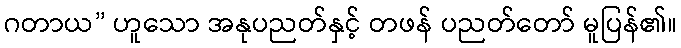
ဂတာယ” ဟူသော အနုပညတ်နှင့် တဖန် ပညတ်တော် မူပြန်၏။